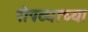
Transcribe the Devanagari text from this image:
रोपट्याच्या